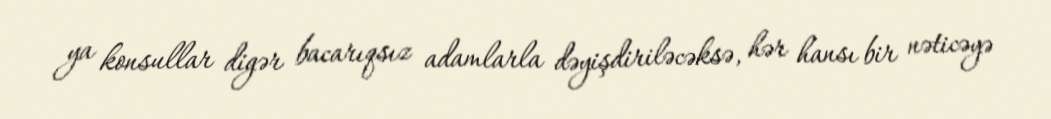
ya konsullar digər bacarıqsız adamlarla dəyişdiriləcəksə, hər hansı bir nəticəyə